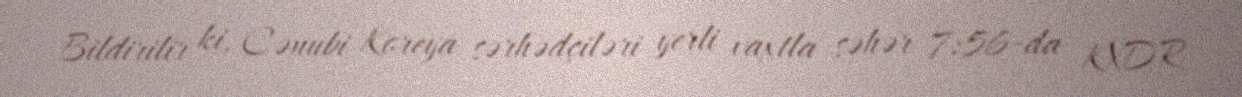
Bildirilir ki, Cənubi Koreya sərhədçiləri yerli vaxtla səhər 7:56-da KXDR